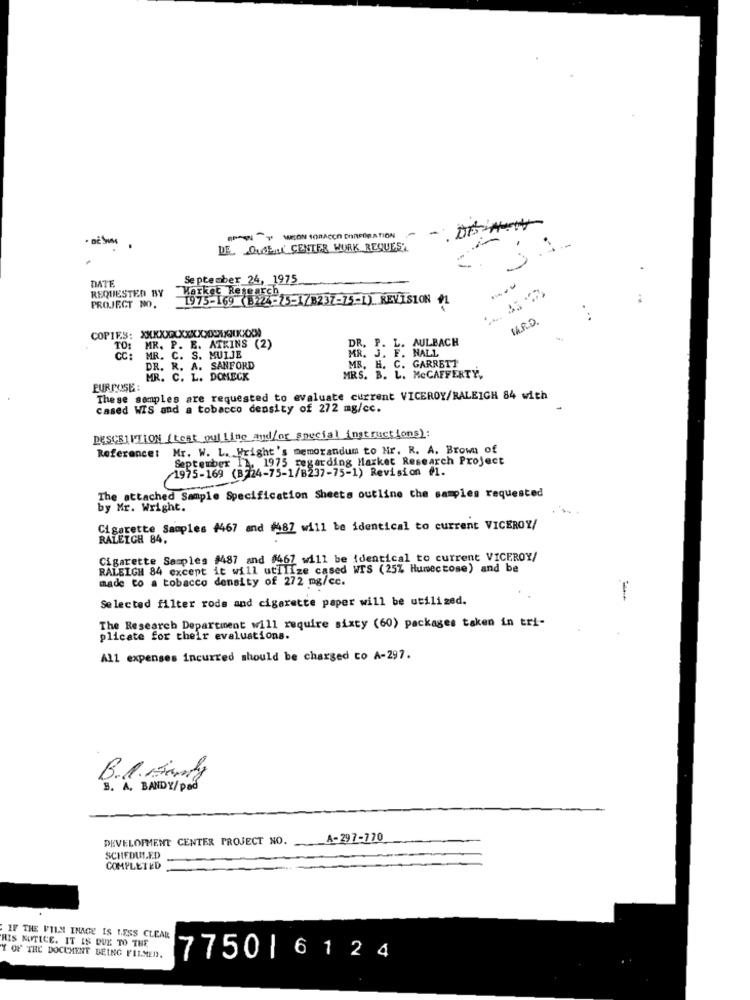
DE SIM
DE OLIE ( CENTER WURK REQUEST
DATE
September 24, 1975
---
REQUESTED BY
Market Research,
1975-169 (B224-75-178237-75-1) REVISION +1
PROJECT M0.
M.R.O
COPIES: XXXXXXXXXXXXXXXXXXXXXXX
DR. P. L. AULBACH
TO: MR. P. E. ATKINS (2)
MR. J. F. NALL
CC:
MR. C. S. MUIJE
MR. H. C. GARRETT
DR. R. A. SANFORD
MR. C. L. DOMECK
MRS. B. L. MeCAFFERTY,
PURPOSE :
The se samples are requested to evaluate current VICEROY/RALEIGH 84 with
cased WIS and a tobacco density of 272 mg/cc.
DESCRIPTION (test pulling and/or special instructions):
Mr. W. L. Wright's memorandum to Nr. R. A. Brown of
Reference:
September 12. 1975 regarding Market Research Project
1975-169 (B724-75-1/B237-75-1) Revision #1.
The attached Sample Specification Sheets outline the samples requested
by Mr. Wright.
Cigarette Samples #467 and #987 will be identical to current VICEROY/
RALEIGH 84.
Cigarette Samples #487 and #467 will be identical to current VICEROY/
RALEIGH 84 except it will utilize cased WIS (25% Humectose) and be
made to a tobacco density of 272 mg/cc.
Selected filter rods and cigarette paper will be utilized.
-
The Research Department will require sixty (60) packages taken in tri-
plicate for their evaluations.
All expenses incurred should be charged to A-297.
B.P. Sauty
B. A. BANDY/pad
DEVELOPMENT CENTER PROJECT NO.
A-297-770
SCHEDULED
COMPLETED
HIS NOTICE. IT IS DUE TO THE
IF THE VULN INAGE IS LESS CLEAR
Y OF THE DOCUMENT BEING FILMED.
7750|6124